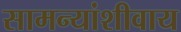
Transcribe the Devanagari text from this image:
सामन्यांशीवाय